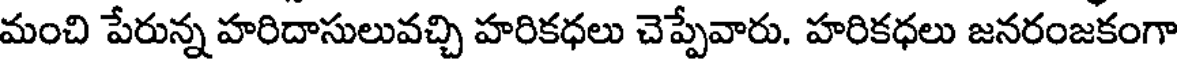
మంచి పేరున్న హరిదాసులువచ్చి హరికధలు చెప్పేవారు. హరికధలు జనరంజకంగా